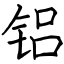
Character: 铝